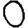
Digit: 0